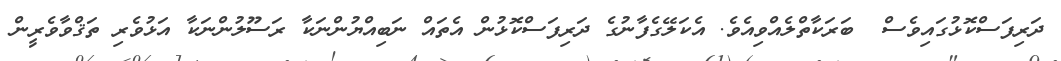
ދަރިފަސްކޮޅުގައިވެސް  ބަރަކާތްލެއްވިއެވެ. އެކަލޭގެފާނުގެ ދަރިފަސްކޮޅުން އެތައް ނަބިއްޔުންނަކާ ރަސޫލުންނަކާ އަޅުވެރި ތަޤްވާވެރީން